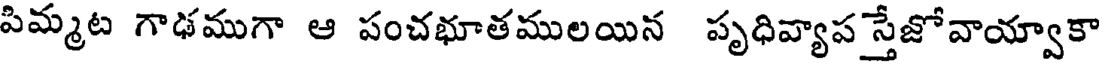
పిమ్మట గాఢముగా ఆ పంచభూతములయిన పృధివ్యాప స్తేజో వాయ్వాకా